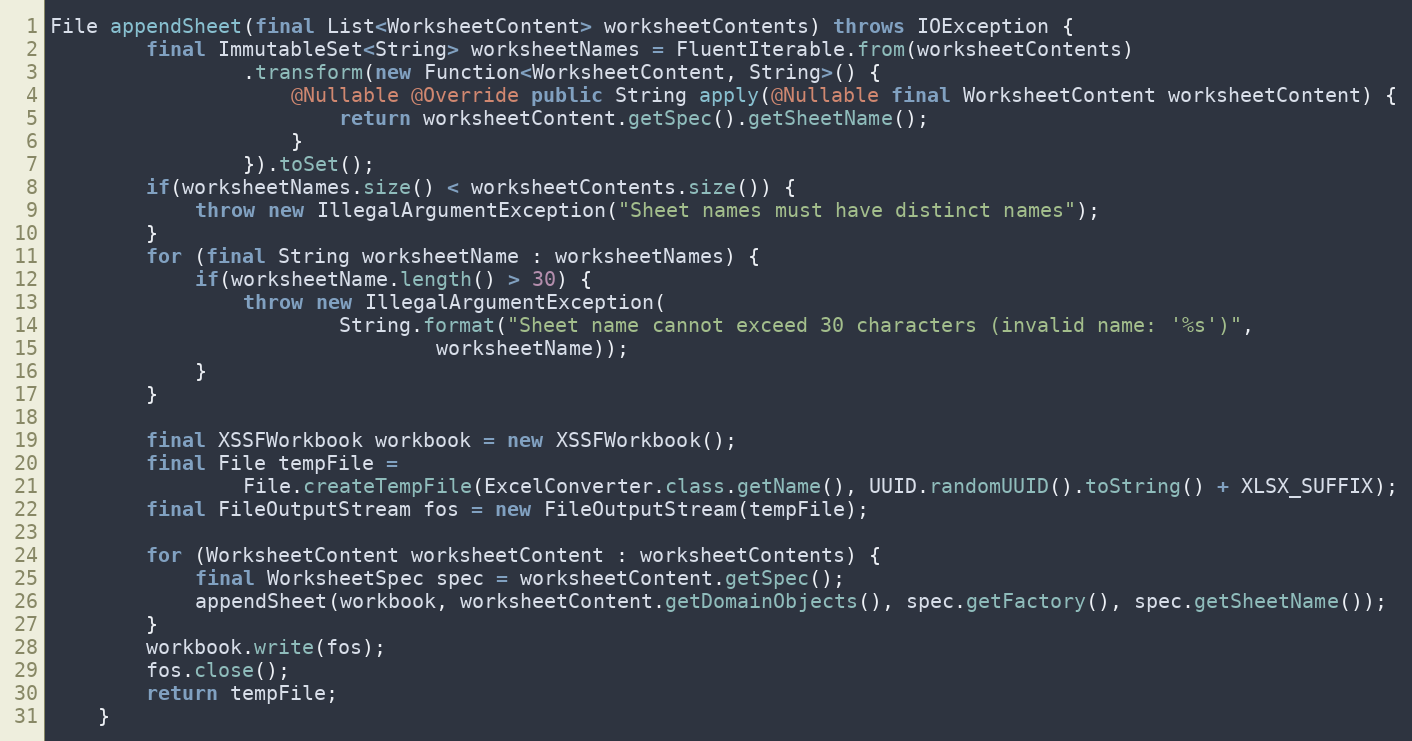
Language: Java
File appendSheet(final List<WorksheetContent> worksheetContents) throws IOException {
        final ImmutableSet<String> worksheetNames = FluentIterable.from(worksheetContents)
                .transform(new Function<WorksheetContent, String>() {
                    @Nullable @Override public String apply(@Nullable final WorksheetContent worksheetContent) {
                        return worksheetContent.getSpec().getSheetName();
                    }
                }).toSet();
        if(worksheetNames.size() < worksheetContents.size()) {
            throw new IllegalArgumentException("Sheet names must have distinct names");
        }
        for (final String worksheetName : worksheetNames) {
            if(worksheetName.length() > 30) {
                throw new IllegalArgumentException(
                        String.format("Sheet name cannot exceed 30 characters (invalid name: '%s')",
                                worksheetName));
            }
        }

        final XSSFWorkbook workbook = new XSSFWorkbook();
        final File tempFile =
                File.createTempFile(ExcelConverter.class.getName(), UUID.randomUUID().toString() + XLSX_SUFFIX);
        final FileOutputStream fos = new FileOutputStream(tempFile);

        for (WorksheetContent worksheetContent : worksheetContents) {
            final WorksheetSpec spec = worksheetContent.getSpec();
            appendSheet(workbook, worksheetContent.getDomainObjects(), spec.getFactory(), spec.getSheetName());
        }
        workbook.write(fos);
        fos.close();
        return tempFile;
    }